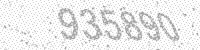
Solution: 935890